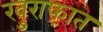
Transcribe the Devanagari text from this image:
खुराफात